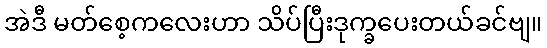
အဲဒီ မတ်စေ့ကလေးဟာ သိပ်ပြီးဒုက္ခပေးတယ်ခင်ဗျ။